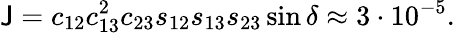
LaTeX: \mathsf{J}=c_{12}c_{13}^{2}c_{23}s_{12}s_{13}s_{23}\sin\delta\approx3\cdot10^{-5}.